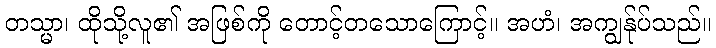
တသ္မာ၊ ထိုသို့လူ၏ အဖြစ်ကို တောင့်တသောကြောင့်။ အဟံ၊ အကျွန်ုပ်သည်။